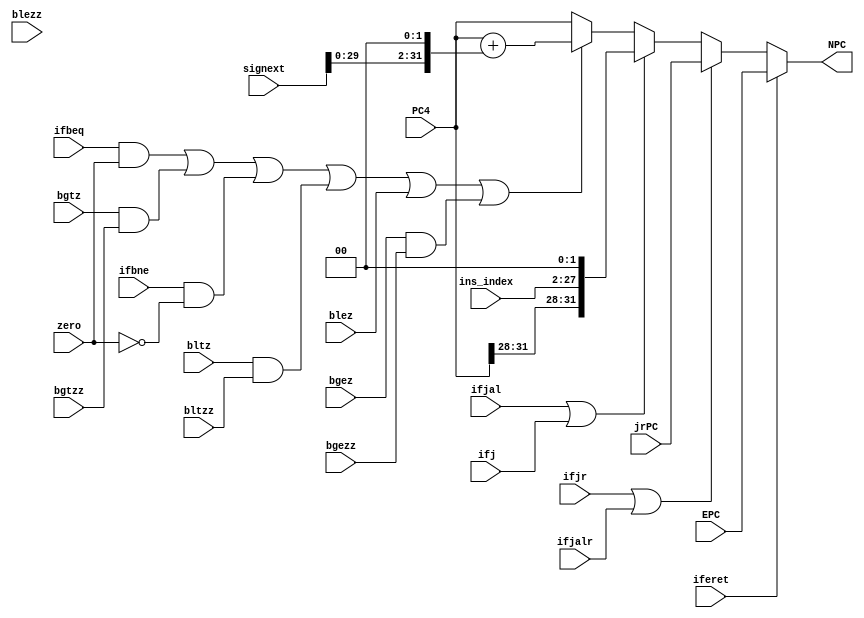
`timescale 1ns / 1ps
//////////////////////////////////////////////////////////////////////////////////
// Company: 
// Engineer: 
// 
// Design Name: 
// Module Name:    NPC 
// Project Name: 
// Target Devices: 
// Tool versions: 
// Description: 
//
// Dependencies: 
//
// Revision: 
// Revision 0.01 - File Created
// Additional Comments: 
//
//////////////////////////////////////////////////////////////////////////////////
module NPC(
    input [31:0] PC4,
    output [31:0] NPC,
    input ifbeq, 
    input zero,
	 input ifbne,
	 input bgtz,
	 input bgtzz,
	 input bltz,
	 input bltzz,
	 input bgez,
	 input bgezz,
	 input blez,
	 input blezz,
    input [31:0] signext,
	 input [25:0] ins_index,
	 input ifjal,
	 input [31:0] jrPC,
	 input ifjr,
	 input ifj,
	 input ifjalr,
	 input [31:0] EPC,
	 input iferet
	 //output [31:0] PC4
    );
	 
	 wire [31:0] PC_beq;
	 assign PC_beq=PC4+(signext<<2);
	 
	 wire [31:0] PCbybeq;
	 assign PCbybeq= ((ifbeq&zero)|(bgtz&bgtzz)|(ifbne&(~zero))|(bltz&bltzz)|(blez&blez)|(bgez&bgezz))?PC_beq:PC4;//
	 
	 wire [31:0] PC_jal;
	 assign PC_jal = {PC4[31:28], ins_index,1'b0,1'b0};
	 
	 wire [31:0] PCbyjal;
	 assign PCbyjal=(ifjal|ifj)?PC_jal:PCbybeq;//	 
	 
	 assign NPC=(iferet)? EPC: 
	            (ifjr|ifjalr) ? jrPC : PCbyjal;
	
endmodule